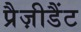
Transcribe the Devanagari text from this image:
प्रैज़ीडैंट